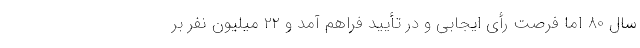
سال 80 اما فرصت رأی ایجابی و در تأیید فراهم آمد و 22 میلیون نفر بر